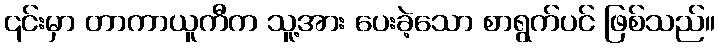
၎င်းမှာ တာကာယူကီက သူ့အား ပေးခဲ့သော စာရွက်ပင် ဖြစ်သည်။